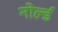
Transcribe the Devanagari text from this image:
नोर्ल्ड